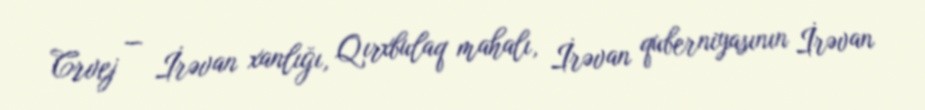
Crvej — İrəvan xanlığı, Qırxbulaq mahalı, İrəvan quberniyasının İrəvan